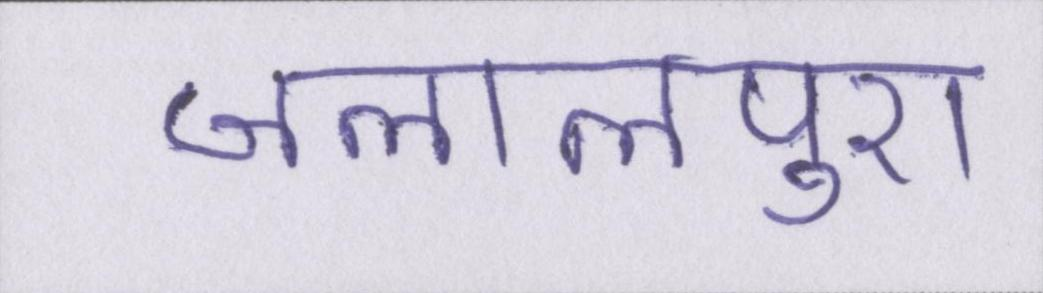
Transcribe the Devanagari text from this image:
जलालपुरा